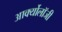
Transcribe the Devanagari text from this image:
आर्क्योलॉजी